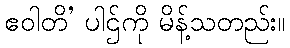
ဧဝါတိ’ ပါဌ်ကို မိန့်သတည်း။